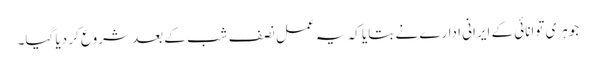
جوہری توانائی کے ایرانی ادارے نے بتایا کہ یہ عمل نصف شب کے بعد شروع کر دیا گیا۔